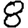
Digit: 8